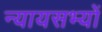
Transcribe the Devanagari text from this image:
न्यायसभ्यों